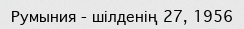
Румыния - шілденің 27, 1956